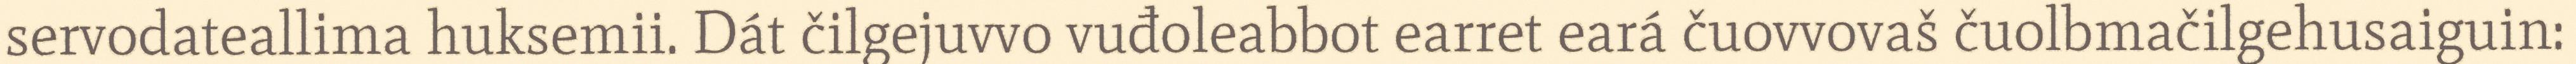
servodateallima huksemii. Dát čilgejuvvo vuđoleabbot earret eará čuovvovaš čuolbmačilgehusaiguin: